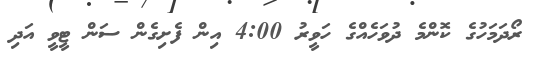
ރޯދަމަހުގެ ކޮންމެ ދުވަހެއްގެ ހަވީރު 4:00 އިން ފެށިގެން ސަން ޓީވީ އަދި